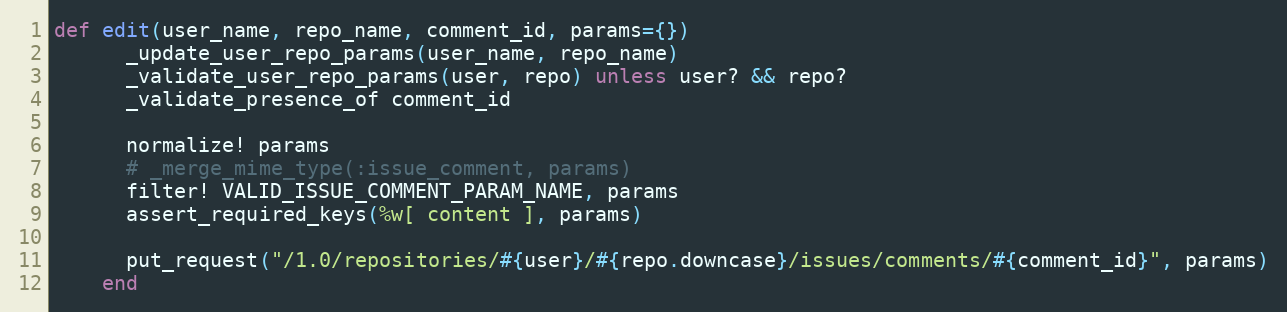
Language: Ruby
def edit(user_name, repo_name, comment_id, params={})
      _update_user_repo_params(user_name, repo_name)
      _validate_user_repo_params(user, repo) unless user? && repo?
      _validate_presence_of comment_id

      normalize! params
      # _merge_mime_type(:issue_comment, params)
      filter! VALID_ISSUE_COMMENT_PARAM_NAME, params
      assert_required_keys(%w[ content ], params)

      put_request("/1.0/repositories/#{user}/#{repo.downcase}/issues/comments/#{comment_id}", params)
    end